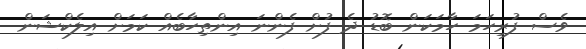
ވެސް ފުރިހަމަ ހާމަކަން ބޮޑު ދެ ފުށް ފެންނަ އިންތިހާބެއް ކަމަށް އިލެކްޝަން